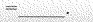
=___$$。